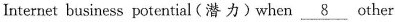
Internet business potential(潜力)when \underline{8} other